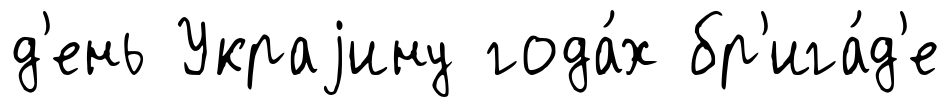
д'ень Украjину года́х бр'ига́д'е